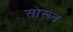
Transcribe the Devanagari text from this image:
सोरून